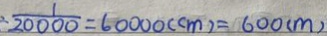
\frac { 1 } { 2 0 0 0 0 } = 6 0 0 0 0 ( c m ) = 6 0 0 ( m )